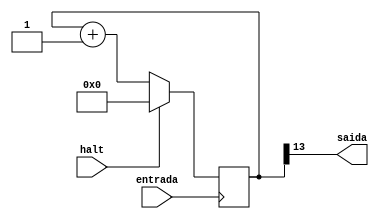
module freqReducer(
	input entrada,		// Clock da placa
	output saida, 		// Clock atrasado
	input halt);		// Sinal para paralisar o clock

	/* Contador que incrementa com o clock */
	reg [31:0]count = 0;

	always @ (posedge entrada)
	begin

		//count = count + 1;

		if (halt) count = 0;
		else count = count + 1;
	end

	/* Se quiser aumentar o perodo do clock
	 * basta acrescentar mais bits  esquerda
	 * e se quiser o clock original basta
	 * atribuir a saida ao bit zero do contador
	 * (til para formas de onda)
	 * Clock lento: 23
	 * Clock rapido: 13
	 */
	assign saida = count[13];

endmodule